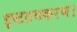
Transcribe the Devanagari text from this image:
इष्टतमकरण।